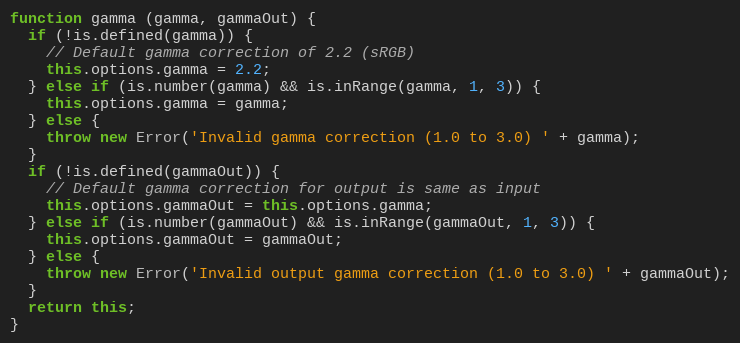
Language: JavaScript
function gamma (gamma, gammaOut) {
  if (!is.defined(gamma)) {
    // Default gamma correction of 2.2 (sRGB)
    this.options.gamma = 2.2;
  } else if (is.number(gamma) && is.inRange(gamma, 1, 3)) {
    this.options.gamma = gamma;
  } else {
    throw new Error('Invalid gamma correction (1.0 to 3.0) ' + gamma);
  }
  if (!is.defined(gammaOut)) {
    // Default gamma correction for output is same as input
    this.options.gammaOut = this.options.gamma;
  } else if (is.number(gammaOut) && is.inRange(gammaOut, 1, 3)) {
    this.options.gammaOut = gammaOut;
  } else {
    throw new Error('Invalid output gamma correction (1.0 to 3.0) ' + gammaOut);
  }
  return this;
}